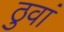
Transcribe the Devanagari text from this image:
ठुवां